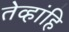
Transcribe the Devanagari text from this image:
तेव्हांहि